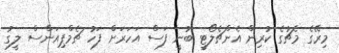
މިރޭގެ މެޗުގެ ކުރިން އެންޗެލޯޓީ ބުނީ ފަސް އަހަރަށް ފަހު ޗެމްޕިއަންސް ލީގު